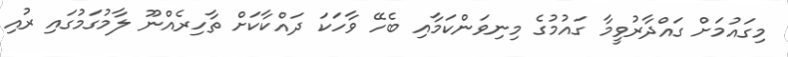
މިގައުމަށް ގައްދާރުވީމާ ގައުމުގެ މިނިވަންކަމާއި ބެހޭ ވާހަކަ ދައްކާކަށް ތާހިރެއްނޫ ލާމުގަމުގައި ރުއި